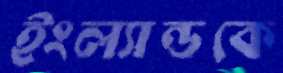
ইংল্যান্ডকে